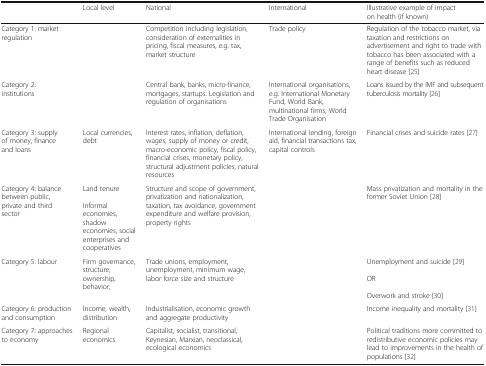
<table><thead><tr><td></td><td><b>Local level</b></td><td><b>National</b></td><td><b>International</b></td><td><b>Illustrative example of impact on health (if known)</b></td></tr></thead><tbody><tr><td>Category 1: market regulation</td><td></td><td>Competition including legislation, consideration of externalities in pricing, fiscal measures, e.g. tax, market structure</td><td>Trade policy</td><td>Regulation of the tobacco market, via taxation and restrictions on advertisement and right to trade with tobacco has been associated with a range of benefits such as reduced heart disease [25]</td></tr><tr><td>Category 2: institutions</td><td></td><td>Central bank, banks, micro-finance, mortgages, startups. Legislation and regulation of organisations</td><td>International organisations, e.g. International Monetary Fund, World Bank, multinational firms, World Trade Organisation</td><td>Loans issued by the IMF and subsequent tuberculosis mortality [26]</td></tr><tr><td>Category 3: supply of money, finance and loans</td><td>Local currencies, debt</td><td>Interest rates, inflation, deflation, wages, supply of money or credit, macro-economic policy, fiscal policy, financial crises, monetary policy, structural adjustment policies, natural resources</td><td>International lending, foreign aid, financial transactions tax, capital controls</td><td>Financial crises and suicide rates [27]</td></tr><tr><td>Category 4: balance between public, private and third sector</td><td>Land tenureInformal economies, shadow economies, social enterprises and cooperatives</td><td>Structure and scope of government, privatization and nationalization, taxation, tax avoidance, government expenditure and welfare provision, property rights</td><td></td><td>Mass privatization and mortality in the former Soviet Union [28]</td></tr><tr><td>Category 5: labour</td><td>Firm governance, structure, ownership, behavior,</td><td>Trade unions, employment, unemployment, minimum wage, labor force size and structure</td><td></td><td>Unemployment and suicide [29]OROverwork and stroke [30]</td></tr><tr><td>Category 6: production and consumption</td><td>Income, wealth, distribution</td><td>Industrialisation, economic growth and aggregate productivity</td><td></td><td>Income inequality and mortality [31]</td></tr><tr><td>Category 7: approaches to economy</td><td>Regional economics</td><td>Capitalist, socialist, transitional, Keynesian, Marxian, neoclassical, ecological economics</td><td></td><td>Political traditions more committed to redistributive economic policies may lead to improvements in the health of populations [32]</td></tr></tbody></table>